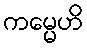
ကမ္မေဟိ